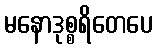
မနောဒုစ္စရိတေပေ